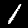
Label: 1